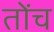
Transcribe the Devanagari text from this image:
तोंच